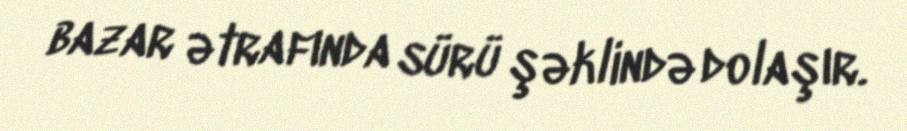
bazar ətrafında sürü şəklində dolaşır.